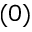
( 0 )